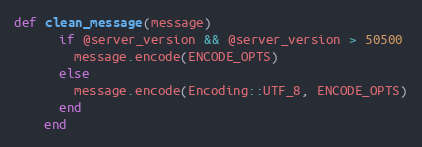
Language: Ruby
def clean_message(message)
      if @server_version && @server_version > 50500
        message.encode(ENCODE_OPTS)
      else
        message.encode(Encoding::UTF_8, ENCODE_OPTS)
      end
    end